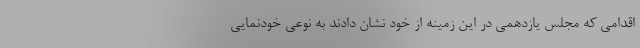
اقدامی که مجلس یازدهمی در این زمینه از خود نشان دادند به نوعی خودنمایی